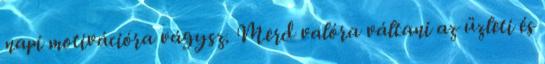
napi motivációra vágysz. Merd valóra váltani az üzleti és